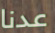
عدنا